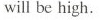
will be high.